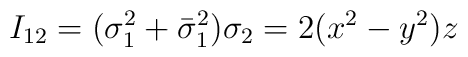
I_{12} = (\sigma_1^2 +\bar{\sigma}_1^2) \sigma_2 = 2(x^2-y^2)z